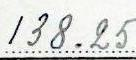
138.25